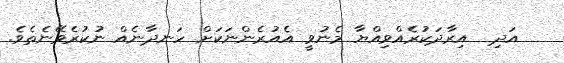
އަދި  އިރާދަކުރެއްވިއްޔާ މެނުވީ އެއުރެންނަކަށް ހަނދާނެއް ނުކުރެވޭނެތެވެ.